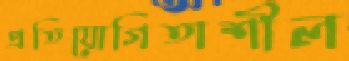
প্রতিযোগিতাশীল